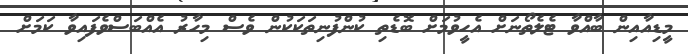
މީޑިއާއިން ބާއްވާ ޓެލެތޯނަށް އެހީވުމަށް ބޮޑެތި ކުންފުނިތަކަކުން ވެސް މިހާރު އެއްބަސްވެފައިވާ ކަމަށް